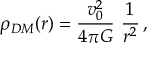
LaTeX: \rho _ { D M } ( r ) = \frac { v _ { 0 } ^ { 2 } } { 4 \pi G } ~ \frac { 1 } { r ^ { 2 } } \, ,